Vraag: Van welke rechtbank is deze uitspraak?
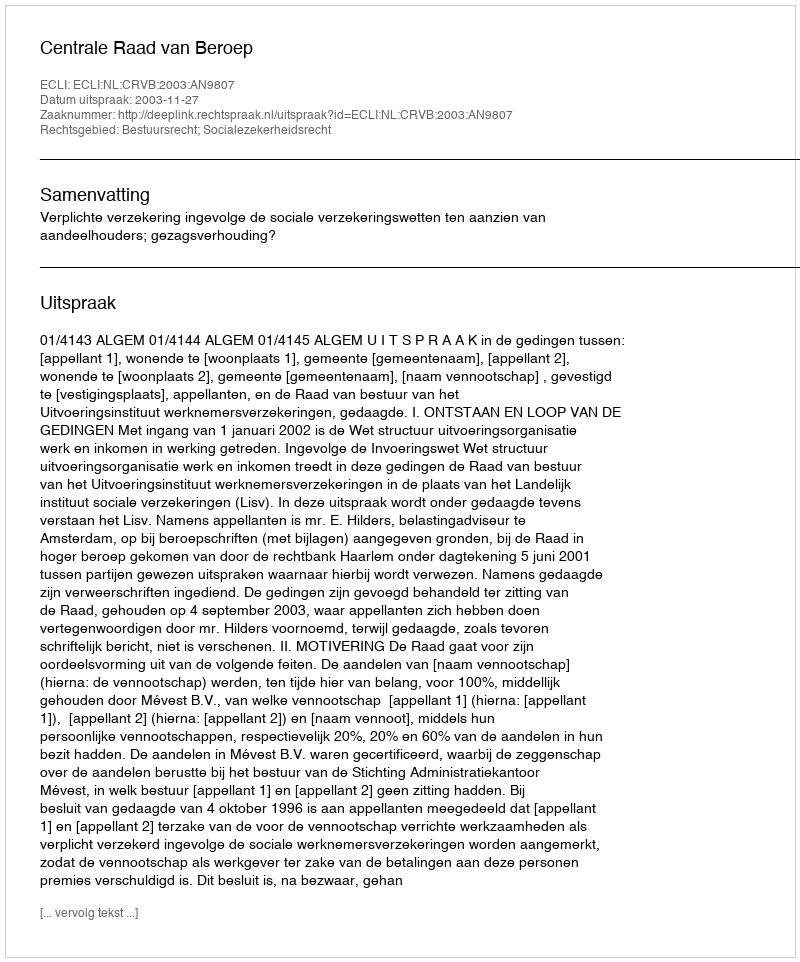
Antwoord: Centrale Raad van Beroep